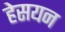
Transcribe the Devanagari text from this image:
हेसयन